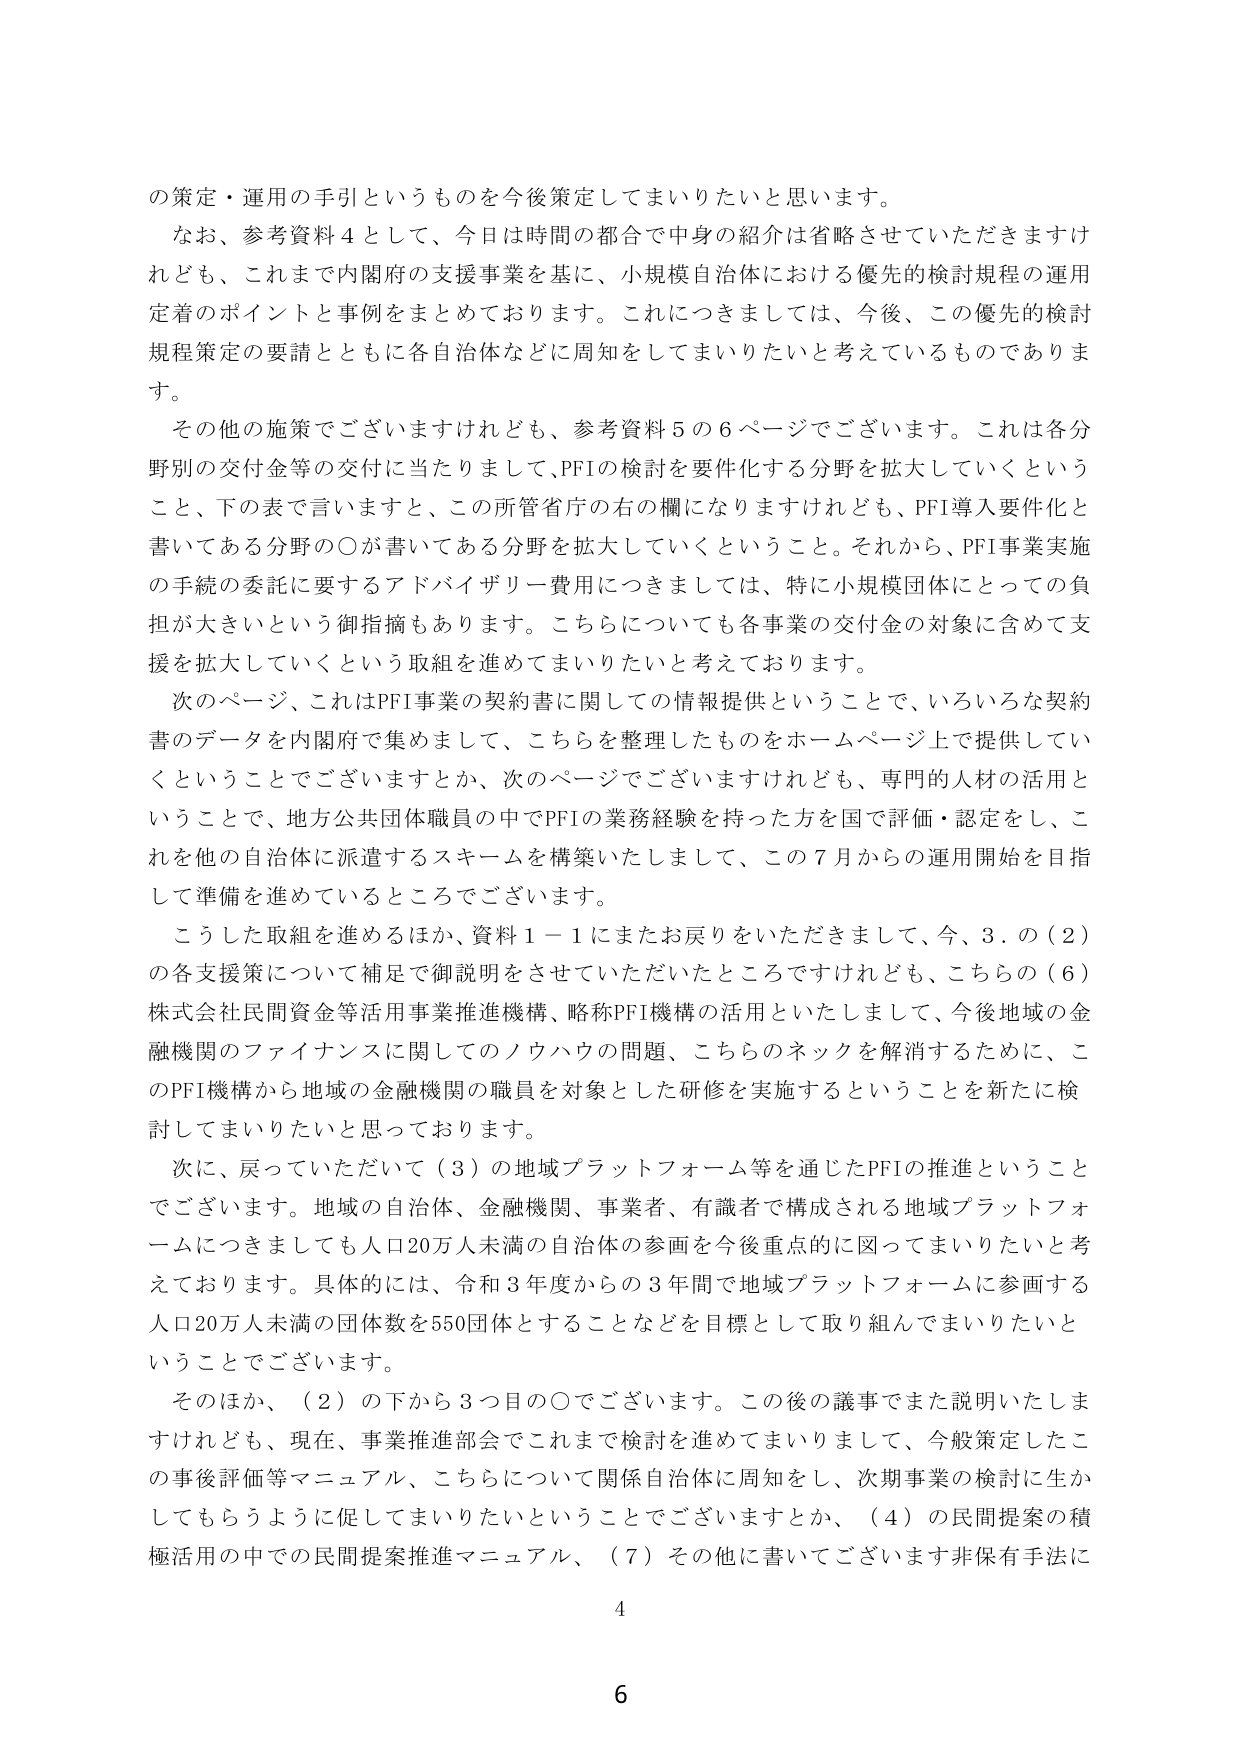
の策定・運用の手引というものを今後策定してまいりたいと思います。

なお、参考資料４として、今日は時間の都合で中身の紹介は省略させていただきますけれども、これまで内閣府の支援事業を基に、小規模自治体における優先的検討規程の運用定着のポイントと事例をまとめております。これにつきましては、今後、この優先的検討規程策定の要請とともに各自治体などに周知をしてまいりたいと考えているものであります。

その他の施策でございますけれども、参考資料５の６ページでございます。これは各分野別の交付金等の交付に当たりまして、PFIの検討を要件化する分野を拡大していくということ、下の表で言いますと、この所管省庁の右の欄になりますけれども、PFI導入要件化と書いてある分野の〇が書いてある分野を拡大していくということ。それから、PFI事業実施の手続の委託に要するアドバイザリー費用につきましては、特に小規模団体にとっての負担が大きいという御指摘もあります。こちらについても各事業の交付金の対象に含めて支援を拡大していくという取組を進めてまいりたいと考えております。

次のページ、これはPFI事業の契約書に関しての情報提供ということで、いろいろな契約書のデータを内閣府で集めまして、こちらを整理したものをホームページ上で提供していくということでございますとか、次のページでございますけれども、専門的人材の活用ということで、地方公共団体職員の中でPFIの業務経験を持った方を国で評価・認定をし、これを他の自治体に派遣するスキームを構築いたしまして、この７月からの運用開始を目指して準備を進めているところでございます。

こうした取組を進めるほか、資料１－１にまたお戻りをいただきまして、今、３．の（２）の各支援策について補足で御説明をさせていただいたところですけれども、こちらの（６）株式会社民間資金等活用事業推進機構、略称PFI機構の活用といたしまして、今後地域の金融機関のファイナンスに関してのノウハウの問題、こちらのネックを解消するために、このPFI機構から地域の金融機関の職員を対象とした研修を実施するということを新たに検討してまいりたいと思っております。

次に、戻っていただいて（３）の地域プラットフォーム等を通じたPFIの推進ということでございます。地域の自治体、金融機関、事業者、有識者で構成される地域プラットフォームにつきましても人口20万人未満の自治体の参画を今後重点的に図ってまいりたいと考えております。具体的には、令和３年度からの３年間で地域プラットフォームに参画する人口20万人未満の団体数を550団体とすることなどを目標として取り組んでまいりたいということでございます。

そのほか、（２）の下から３つ目の〇でございます。この後の議事でまた説明いたしますけれども、現在、事業推進部会でこれまで検討を進めてまいりまして、今般策定したこの事後評価等マニュアル、こちらについて関係自治体に周知をし、次期事業の検討に生かしてもらうように促してまいりたいということでございますとか、（４）の民間提案の積極活用の中での民間提案推進マニュアル、（７）その他に書いてございます非保有手法に

4

6